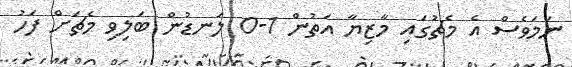
ނަމަވެސް އެ މެޗުގައި މާޒިޔާ އަތުން 1-0 ލަނޑުން ބަލިވި މެޗަށް ފަހު